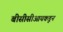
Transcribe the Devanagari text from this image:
बीसीसीआयकडून